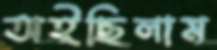
অইছিলাম